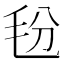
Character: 𰚑